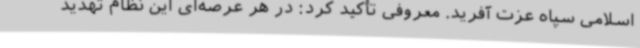
اسلامی سپاه عزت آفرید. معروفی تأکید کرد: در هر عرصه‌ای این نظام تهدید